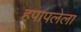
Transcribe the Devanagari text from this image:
हपापलेला